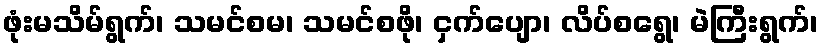
ဖုံးမသိမ်ရွက်၊ သမင်စမ၊ သမင်စဖို၊ ငှက်ပျော၊ လိပ်စရွေ၊ မဲကြီးရွက်၊